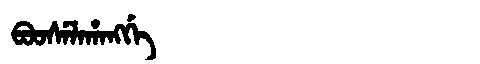
Manchu: ᠪᠣᠣᠰᡝᠯᠠᡥᠠᠩᡤᡝ
Romanization: BOOSELAHANGGE